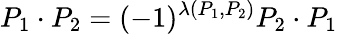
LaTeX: P_{1}\cdot P_{2}=(-1)^{\lambda(P_{1},P_{2})}P_{2}\cdot P_{1}